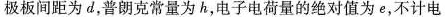
极板间距为d，普朗克常量为h，电子电荷量的绝对值为e，不计电